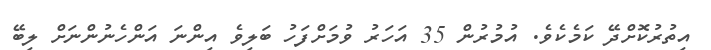
އިތުރުކޮށްދޭ ކަމެކެވެ. އުމުރުން 35 އަހަރު ވުމަށްފަހު ބަލިވެ އިންނަ އަންހެނުންނަށް ލިބޭ